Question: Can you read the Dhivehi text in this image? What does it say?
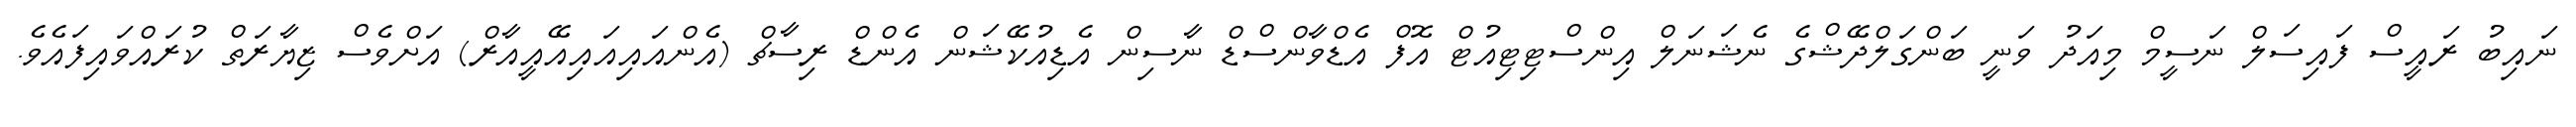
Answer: ނައިބު ރައީސް ފައިސަލް ނަސީމް މިއަދު ވަނީ ބަންގަލްދޭޝްގެ ނެޝަނަލް އިންސްޓިޓިއުޓް އޮފް އެޑްވާންސްޑް ނާސިން އެޑިއުކޭޝަން އެންޑް ރިސާޗް (އެންއައިއައިއޭއީއާރް) އަށްވެސް ޒިޔާރަތް ކުރައްވައިފައެވެ.